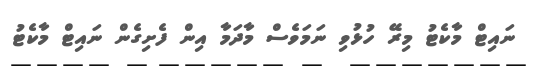
ނައިޓް މާކެޓު މިރޭ ހުޅުވި ނަމަވެސް މާދަމާ އިން ފެށިގެން ނައިޓް މާކެޓު